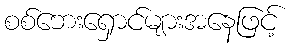
စစ်ဘေးရှောင်များအနေဖြင့်